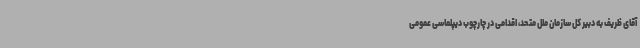
آقای ظریف به دبیر کل سازمان ملل متحد، اقدامی در چارچوب دیپلماسی عمومی